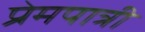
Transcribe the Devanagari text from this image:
प्रेमपात्री